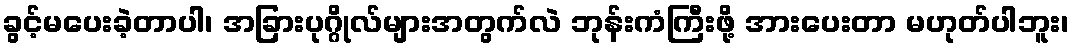
ခွင့်မပေးခဲ့တာပါ၊ အခြားပုဂ္ဂိုလ်များအတွက်လဲ ဘုန်းကံကြီးဖို့ အားပေးတာ မဟုတ်ပါဘူး၊